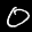
Digit: 0